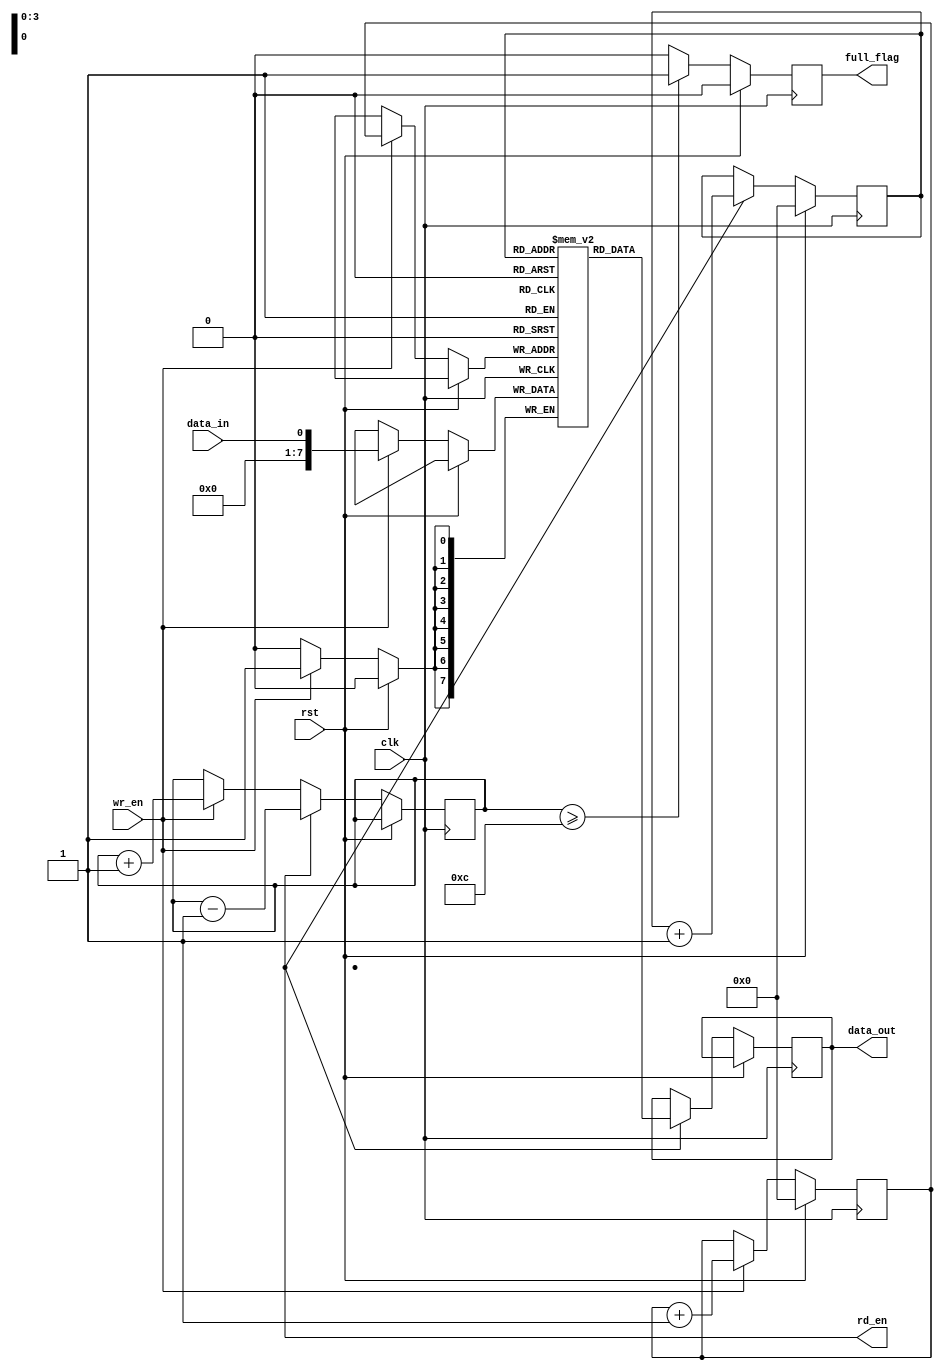
module AlmostFullFIFO(
    input clk,
    input rst,
    input data_in,
    input wr_en,
    output reg [7:0] data_out,
    output reg rd_en,
    output reg full_flag
);

reg [7:0] buffer [15:0];
reg [3:0] wr_ptr;
reg [3:0] rd_ptr;
reg count;

always @(posedge clk) begin
    if(rst) begin
        wr_ptr <= 4'b0000;
        rd_ptr <= 4'b0000;
        full_flag <= 0;
    end else begin
        if(wr_en) begin
            buffer[wr_ptr] <= data_in;
            wr_ptr <= wr_ptr + 1;
            count <= count + 1;
        end
        if(rd_en) begin
            data_out <= buffer[rd_ptr];
            rd_ptr <= rd_ptr + 1;
            count <= count - 1;
        end
        if(count >= 12) begin
            full_flag <= 1;
        end else begin
            full_flag <= 0;
        end
    end
end

endmodule